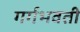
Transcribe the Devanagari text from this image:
गर्गभवती